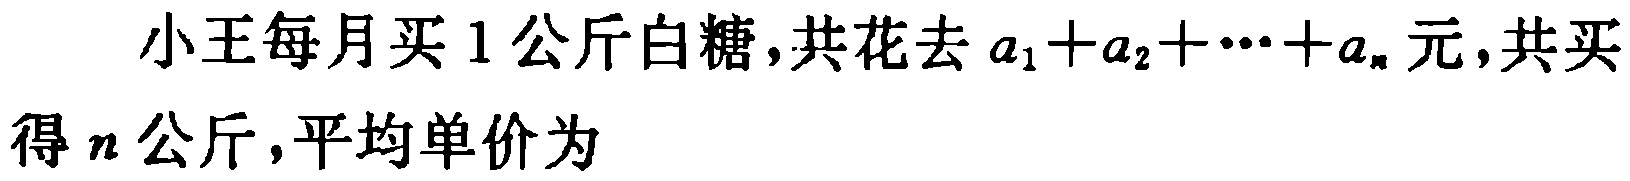
小王每月买 1 公斤白糖,共花去 \(a_{1}+a_{2}+\cdots +a_{n}\) 元,共买得 \(n\) 公斤,平均单价为